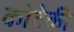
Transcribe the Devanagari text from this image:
कोटेकी